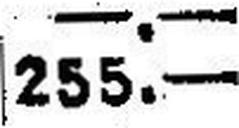
255.—